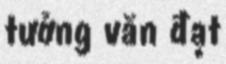
tưởng văn đạt